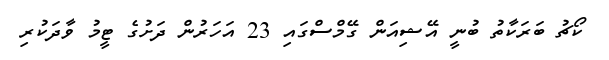
ކޯޗު ބަރަކާތު ބުނީ އޭޝިއަން ގޭމްސްގައި 23 އަހަރުން ދަށުގެ ޓީމު ވާދަކުރި